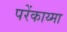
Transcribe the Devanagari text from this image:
परेंकाय्मा